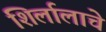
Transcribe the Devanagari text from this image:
शिर्लालाचे